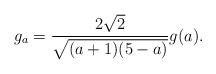
LaTeX: \begin{align*}g_{a} = \frac{2\sqrt{2}}{\sqrt{(a+1)(5-a)}}g(a).\end{align*}